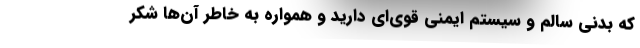
که بدنی سالم و سیستم ایمنی قوی‌ای دارید و همواره به خاطر آن‌ها شکر